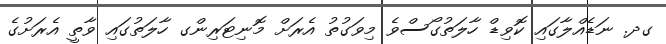
ގދ. ނަޑެއްލާގައި ކޮވިޑް ހާލަތުގޯސްވެ މިވަގުތު އެރަށް މޮނިޓަރިންގ ހާލަތުގައި ވާތީ އެރަށުގެ